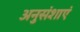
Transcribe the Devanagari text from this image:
अनुसंशाएं